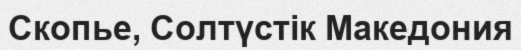
Скопье, Солтүстік Македония